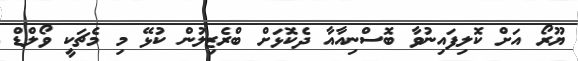
ޔޫރޯ އަށް ކޮލިފައިނުވާ ބޮސްނިއާއާ ދެކޮޅަށް ބްރެޒިލުން ކުޅޭ މި މެޗަކީ ވޯލްޑް